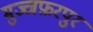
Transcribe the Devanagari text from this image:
मुज्जफ़रपुर